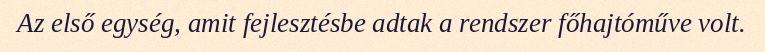
Az első egység, amit fejlesztésbe adtak a rendszer főhajtóműve volt.